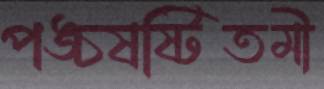
পঙ্চষষ্টিতমী